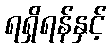
ရရှိရန်နှင့်